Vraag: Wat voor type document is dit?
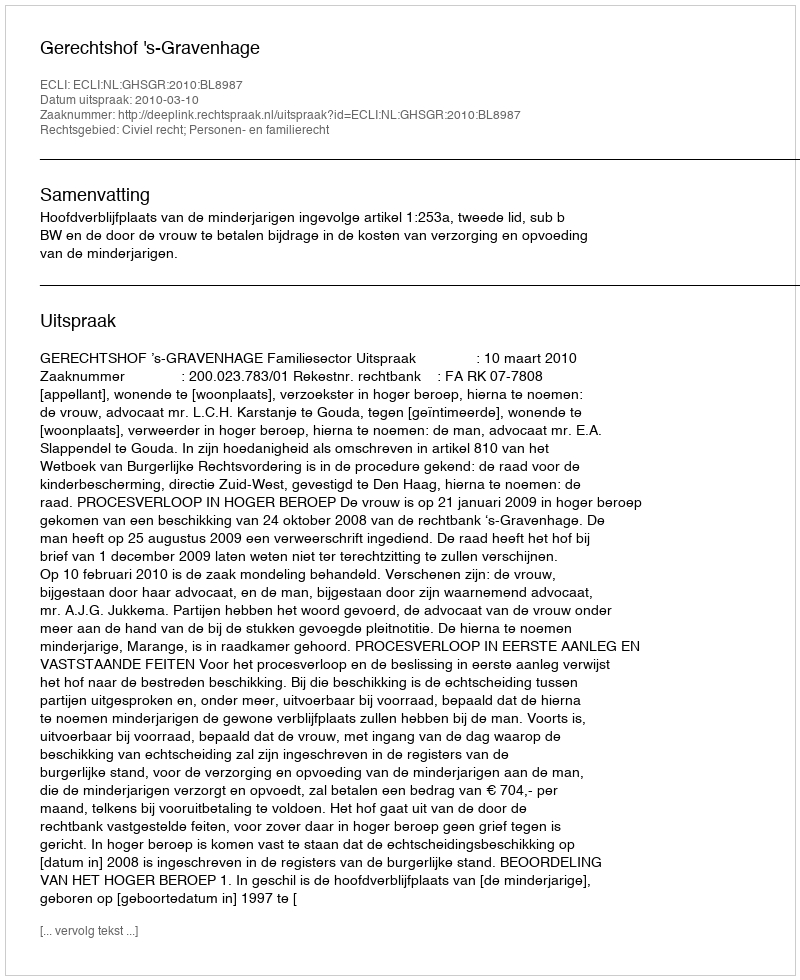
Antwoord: Uitspraak